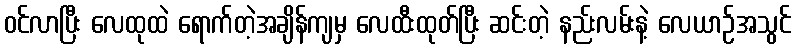
ဝင်လာပြီး လေထုထဲ ရောက်တဲ့အချိန်ကျမှ လေထီးထုတ်ပြီး ဆင်းတဲ့ နည်းလမ်းနဲ့ လေယာဉ်အသွင်